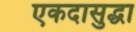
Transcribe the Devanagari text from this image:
एकदासुद्धा